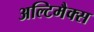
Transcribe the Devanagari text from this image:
अल्टिमैक्स